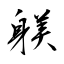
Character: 躾